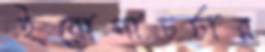
ইয়োগাচর্চার